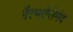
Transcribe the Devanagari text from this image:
ग़ैरभरोसेमंद